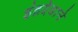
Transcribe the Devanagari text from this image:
इंद्रदेवाने